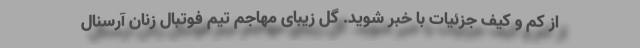
از کم و کیف جزئیات با خبر شوید. گل زیبای مهاجم تیم فوتبال زنان آرسنال